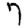
Digit: 7